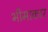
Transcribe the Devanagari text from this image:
भीमाकार